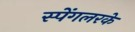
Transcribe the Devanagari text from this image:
स्पेंगलरके